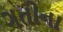
ગતીના